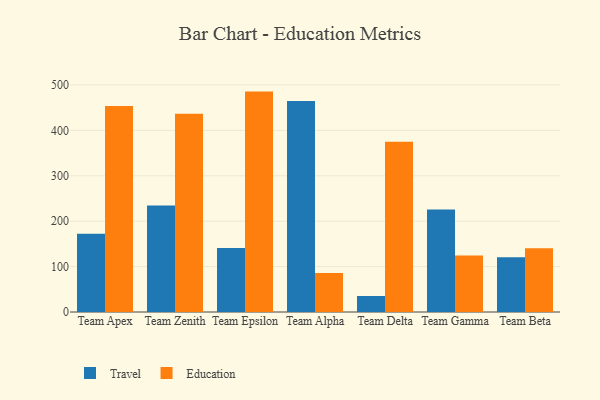
{"axis": {"x": "Team", "y": "Gross Profit (USD K)"}, "legend": ["Education", "Travel"], "data": [{"x": "Team Apex", "y": 172.4, "type": "Travel"}, {"x": "Team Apex", "y": 453.7, "type": "Education"}, {"x": "Team Zenith", "y": 234.3, "type": "Travel"}, {"x": "Team Zenith", "y": 436.3, "type": "Education"}, {"x": "Team Epsilon", "y": 140.9, "type": "Travel"}, {"x": "Team Epsilon", "y": 485.3, "type": "Education"}, {"x": "Team Alpha", "y": 464.8, "type": "Travel"}, {"x": "Team Alpha", "y": 86.0, "type": "Education"}, {"x": "Team Delta", "y": 35.2, "type": "Travel"}, {"x": "Team Delta", "y": 374.9, "type": "Education"}, {"x": "Team Gamma", "y": 225.5, "type": "Travel"}, {"x": "Team Gamma", "y": 124.3, "type": "Education"}, {"x": "Team Beta", "y": 120.7, "type": "Travel"}, {"x": "Team Beta", "y": 140.4, "type": "Education"}]}